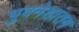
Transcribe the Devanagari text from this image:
भुवनेशांतग